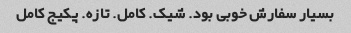
بسیار سفارش خوبی بود. شیک. کامل. تازه. پکیج کامل